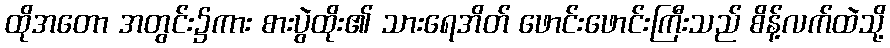
ထိုအတော အတွင်း၌ကား စားပွဲထိုး၏ သားရေအိတ် ဖောင်းဖောင်းကြီးသည် စိန့်လက်ထဲသို့